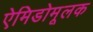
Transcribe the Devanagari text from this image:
ऐमिडोमूलक